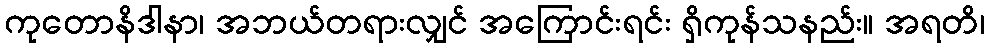
ကုတောနိဒါနာ၊ အဘယ်တရားလျှင် အကြောင်းရင်း ရှိကုန်သနည်း။ အရတိ၊